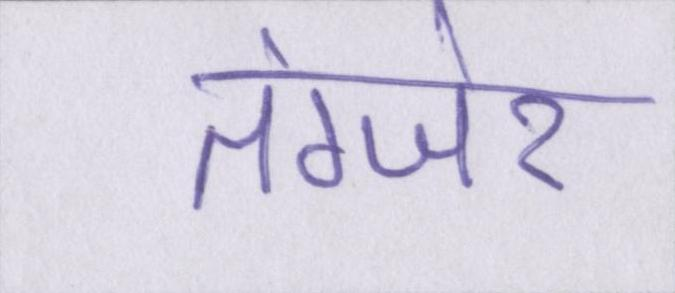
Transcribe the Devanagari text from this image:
तंग्जेर